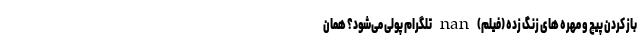
باز کردن پیچ و مهره های زنگ زده (فیلم) nan تلگرام پولی می‌شود؟ همان